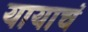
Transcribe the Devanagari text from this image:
यायाचं